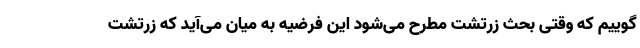
گوییم که وقتی بحث زرتشت مطرح می‌شود این فرضیه به میان می‌آید که زرتشت